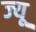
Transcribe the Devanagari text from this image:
ज्‍यू